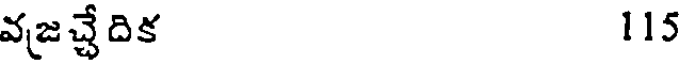
వజచ్చేదిక 115